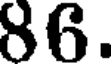
86.